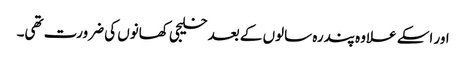
اور اسکے علاوہ پندرہ سالوں کے بعد خلیجی کھانوں کی ضرورت تھی۔